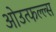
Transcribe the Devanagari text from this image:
ओउत्फल्ल्स